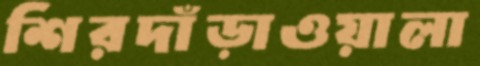
শিরদাঁড়াওয়ালা